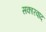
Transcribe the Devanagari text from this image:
सकारवाद